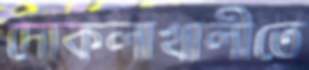
দোকলাখালীতে